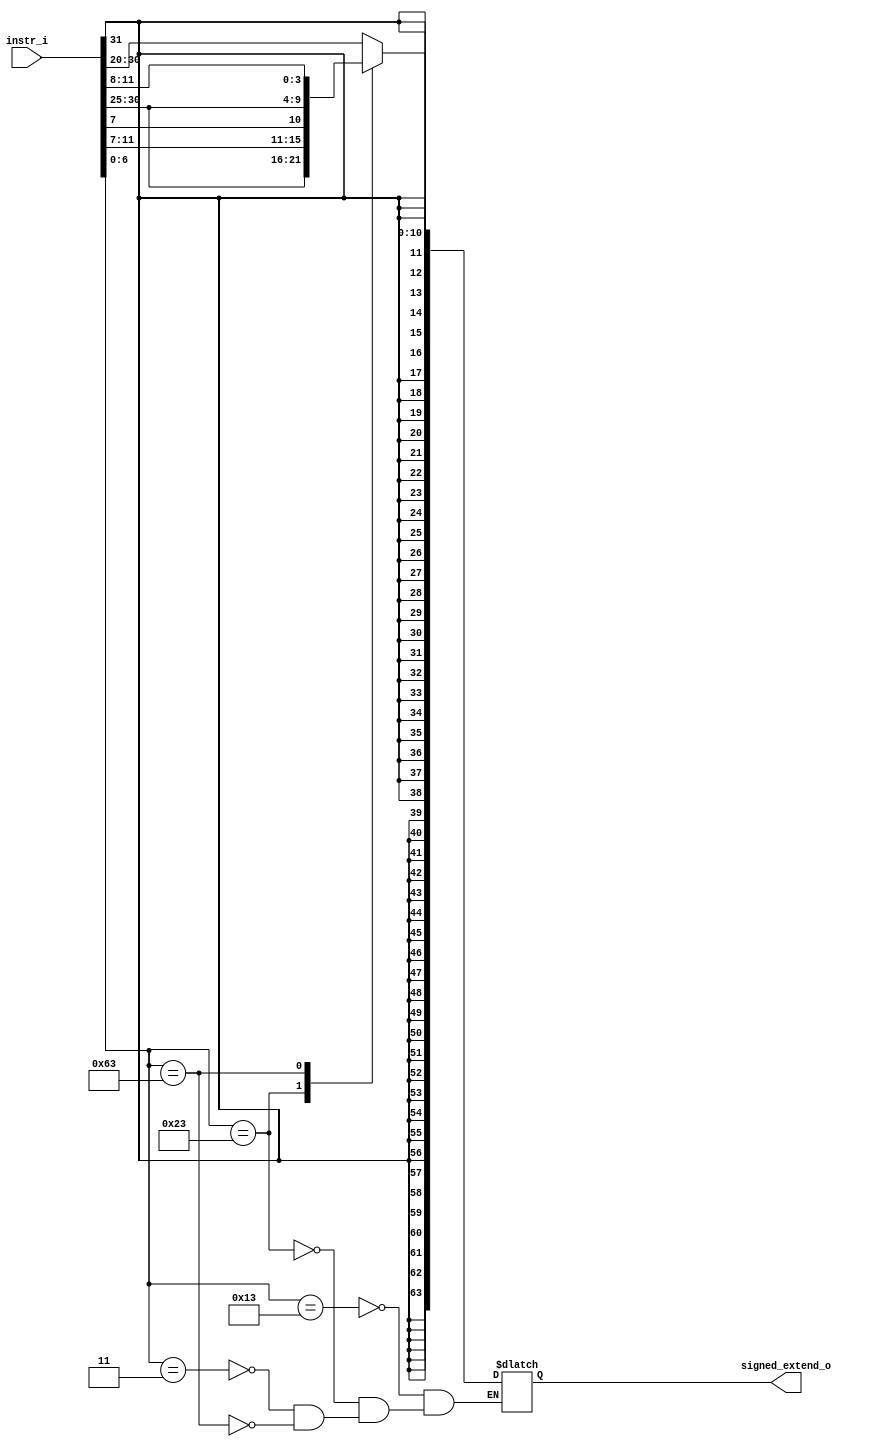
//--------------------------------------------------------------------------------
//Version:     1
//--------------------------------------------------------------------------------
//Writer: Tzu-teng Weng      
//----------------------------------------------
//----------------------------------------------
//Description:  Sign extension, if the msb==1, sign extends 1 for 32bits, else if msb==0, sign extgends 0 for 32 bits
//--------------------------------------------------------------------------------
//= is blocking statement. In an always block, 
//the line of code will be executed only after it's previous line has executed. 
//Hence, they happens one after the other, just like combinatoral logics in loop.

//<= is non-blocking in nature. This means that in an always block, every line will be executed in parallel. 
//Hence leading to implementation of sequential elements.
module Imm_Gen(
    instr_i,
    signed_extend_o
    );
               
//I/O ports
input   [32-1:0] instr_i;
output  [64-1:0] signed_extend_o;

//Internal Signals
reg     [64-1:0] signed_extend_o;

//Sign extended
always@(*) begin
     case(instr_i[6:0])  //R-type instructions have no immediates
       7'b0010011:begin //addi, slti
         signed_extend_o<= { {52{instr_i[31]}}, {instr_i[31:20]}};    //<= is a nonblocking assignment.
       end

       7'b0100011:begin//sd
       signed_extend_o<= { {52{instr_i[31]}}, {instr_i[31:25]}, {instr_i[11:7]}};
       end  
       7'b0000011:begin//ld   //ld failed, strange
       signed_extend_o<= { {52{instr_i[31]}}, {instr_i[31:20]}};
       end  
       7'b1100011:begin //beq
       signed_extend_o<= { {53{instr_i[31]}}, {instr_i[7]}, {instr_i[30:25]}, {instr_i[11:8]}};
       end
  
     endcase
end 


//see slides {} means concatenation

endmodule